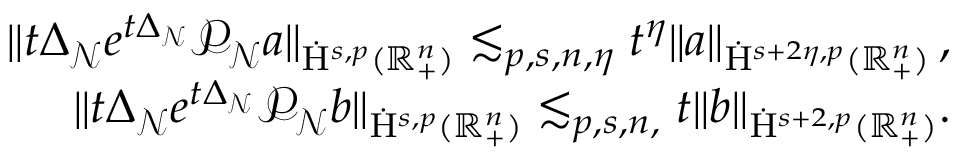
\begin{array} { r } { \lVert t \Delta _ { \mathcal { N } } e ^ { t \Delta _ { \mathcal { N } } } \mathcal { P } _ { \mathcal { N } } a \rVert _ { \dot { \mathrm { H } } ^ { s , p } ( \mathbb { R } _ { + } ^ { n } ) } \lesssim _ { p , s , n , \eta } t ^ { \eta } \lVert a \rVert _ { \dot { \mathrm { H } } ^ { s + 2 \eta , p } ( \mathbb { R } _ { + } ^ { n } ) } \, \mathrm { , ~ } } \\ { \lVert t \Delta _ { \mathcal { N } } e ^ { t \Delta _ { \mathcal { N } } } \mathcal { P } _ { \mathcal { N } } b \rVert _ { \dot { \mathrm { H } } ^ { s , p } ( \mathbb { R } _ { + } ^ { n } ) } \lesssim _ { p , s , n , } t \lVert b \rVert _ { \dot { \mathrm { H } } ^ { s + 2 , p } ( \mathbb { R } _ { + } ^ { n } ) } \mathrm { . ~ } } \end{array}